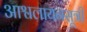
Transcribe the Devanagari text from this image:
आश्वलायनसूत्री